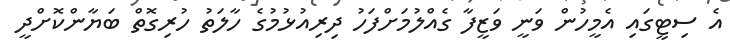
އެ ސިޓީގައި އެމީހުން ވަނީ ވަޒީފާ ގެއްލުމަށްފަހު ދިރިއުޅުމުގެ ހާލަތު ހުރިގޮތް ބަޔާންކޮށްދީ